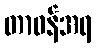
တာဝန်အရ